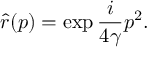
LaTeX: \hat { r } ( p ) = \exp { \frac { i } { 4 \gamma } p ^ { 2 } } .